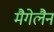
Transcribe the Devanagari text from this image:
मैगेलैन